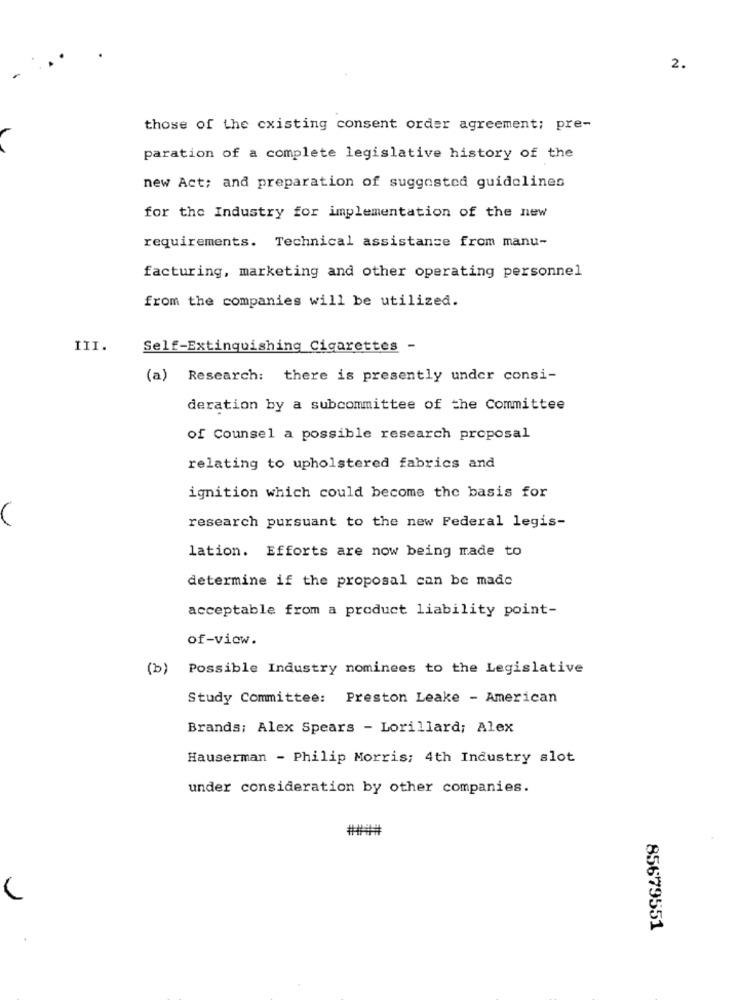
2.
those of the existing consent order agreement; pre-
paration of a complete legislative history of the
new Act; and preparation of suggested guidelines
for the Industry for implementation of the new
requirements. Technical assistance from manu-
facturing, marketing and other operating personnel
from the companies will be utilized.
III.
Self-Extinguishing Cigarettes -
(a) Research: there is presently under consi-
deration by a subcommittee of the Committee
of Counsel a possible research proposal
relating to upholstered fabrics and
ignition which could become the basis for
research pursuant to the new Federal legis-
lation. Efforts are now being made to
determine if the proposal can be made
acceptable from a product liability point-
of-view.
(b) Possible Industry nominees to the Legislative
Study Committee: Preston Leake - American
Brands: Alex Spears - Lorillard; Alex
Hauserman - Philip Morris: 4th Industry slot
under consideration by other companies.
###
85679551